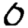
Digit: 0